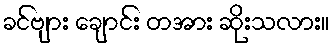
ခင်ဗျား ချောင်း တအား ဆိုးသလား။